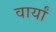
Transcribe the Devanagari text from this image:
वार्यां